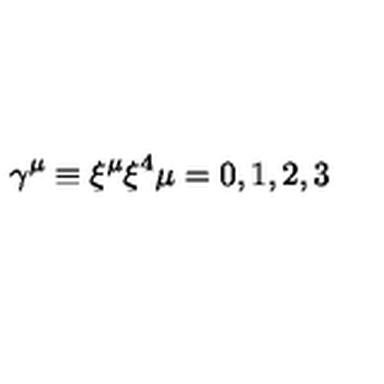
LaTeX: \gamma ^ { \mu } \equiv \xi ^ { \mu } \xi ^ { 4 } \mu = 0 , 1 , 2 , 3